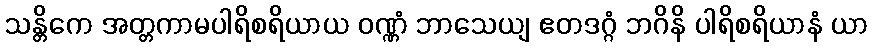
သန္တိကေ အတ္တကာမပါရိစရိယာယ ဝဏ္ဏံ ဘာသေယျ ဧတဒဂ္ဂံ ဘဂိနိ ပါရိစရိယာနံ ယာ